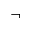
\neg